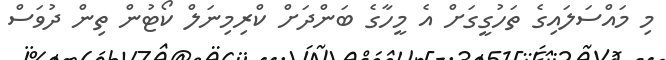
މި މައްސަލަައިގެ ތަހުގީގަށް އެ މީހާގެ ބަންދަށް ކްރިމިނަލް ކޯޓުން ތިން ދުވަސް